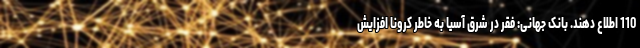
110 اطلاع دهند. بانک جهانی: فقر در شرق آسیا به خاطر کرونا افزایش